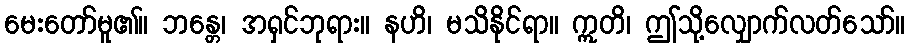
မေးတော်မူ၏။ ဘန္တေ၊ အရှင်ဘုရား။ နဟိ၊ မသိနိုင်ရာ။ ဣတိ၊ ဤသို့လျှောက်လတ်သော်။